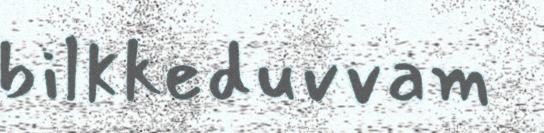
bilkkeduvvam